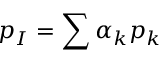
p _ { I } = \sum { \alpha _ { k } p _ { k } }